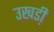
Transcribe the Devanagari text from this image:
उखडी़